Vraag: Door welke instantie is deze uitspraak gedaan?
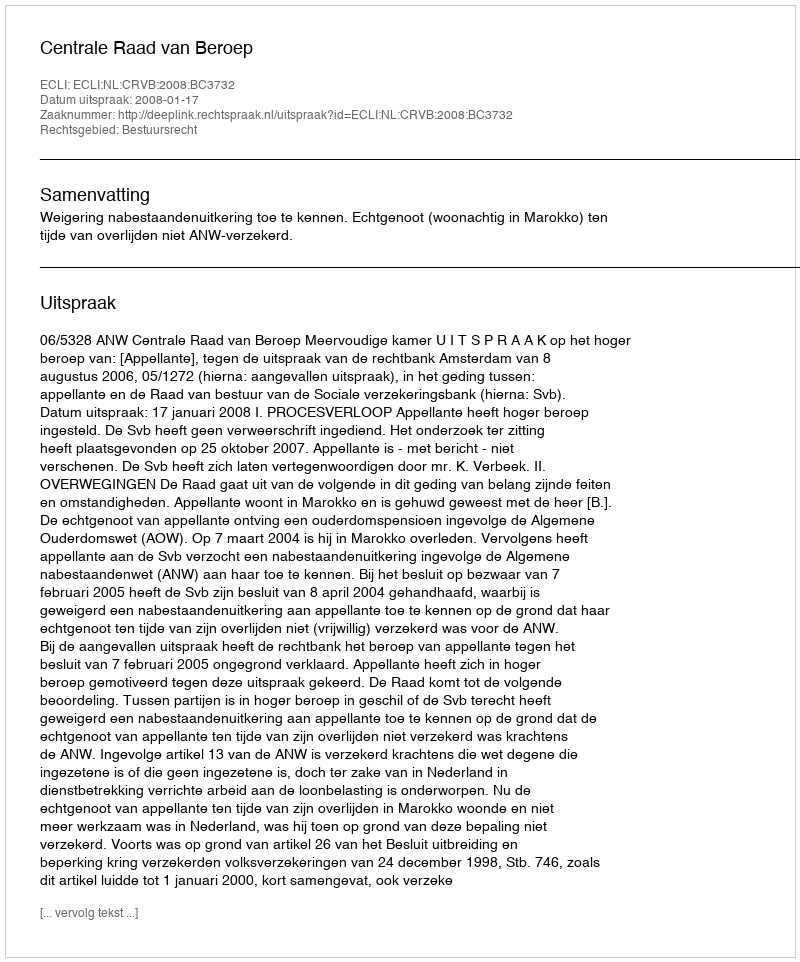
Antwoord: Centrale Raad van Beroep